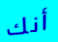
أنك